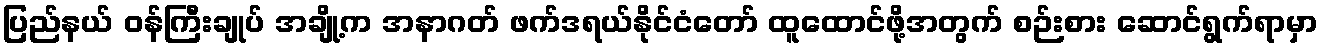
ပြည်နယ် ဝန်ကြီးချုပ် အချို့က အနာဂတ် ဖက်ဒရယ်နိုင်ငံတော် ထူထောင်ဖို့အတွက် စဉ်းစား ဆောင်ရွက်ရာမှာ